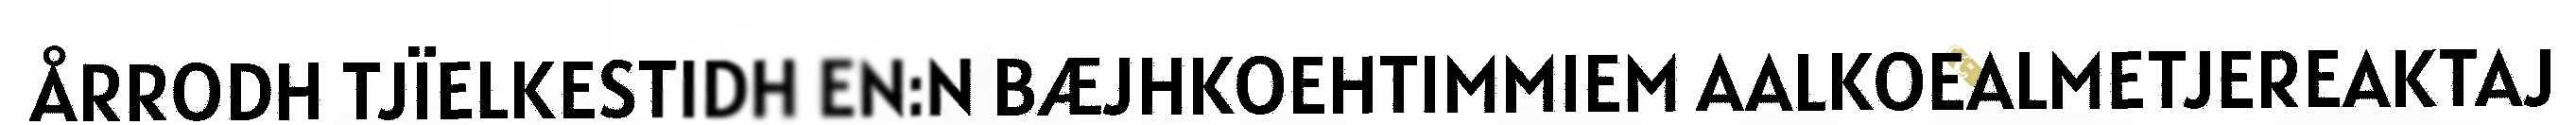
ÅRRODH TJÏELKESTIDH EN:N BÆJHKOEHTIMMIEM AALKOEALMETJEREAKTAJ